Report on the working of the Ranchi Indian Mental Hospital, Kanke, in Bihar and Orissa - 1930-1940
Year: 1930
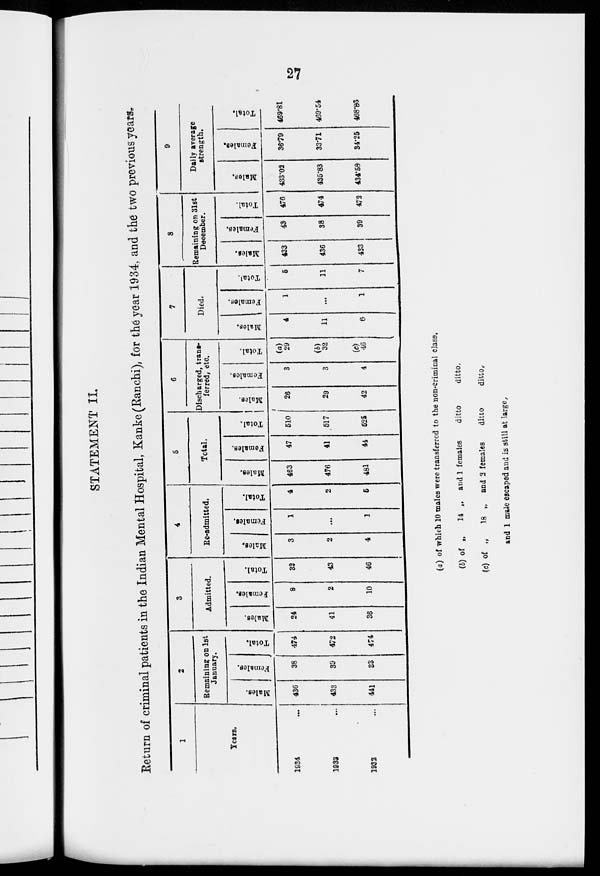
27
STATEMENT II.
Return of criminal patients in the Indian Mental Hospital, Kanke (Ranchi), for the year 1934, and the two previous years.
1
Years.
1934 ...
1933 ...
1932 ...
2
Remaining on 1st
January.
Males.
436
433
441
Females.
38
39
33
Total.
474
472
474
3
Admitted.
Males.
24
41
36
Females.
8
2
10
Total.
32
43
46
4
Re-admitted.
Males.
3
2
4
Females.
1
...
1
Total.
4
2
5
5
Total.
Males.
463
476
481
Females.
47
41
44
Total.
510
517
525
6
Discharged, trans-
ferred, etc.
Males.
26
29
42
Females.
3
3
4
Total.
(a)
29
(b)
32
(c)
46
7
Died.
Males.
4
11
6
Females.
1
...
1
Total.
5
11
7
8
Remaining on 31st
December.
Males.
433
436
433
Females.
43
38
39
Total.
476
474
472
9
Daily average
strength.
Males.
433.02
435.83
434.58
Females.
36.79
33.71
34.25
Total.
469.81
469.54
468.83
(a) of which 10 males were transferred to the non-criminal class.
(b) of „
14 ,. and 1 females
ditto
ditto.
(c) of „
18 „ and 2 females
ditto
ditto,
and 1 male escaped and is still at large.